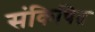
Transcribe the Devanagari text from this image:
संकिचित